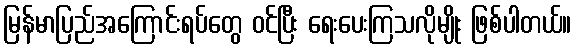
မြန်မာပြည်အကြောင်းရပ်တွေ ဝင်ပြီး ရေးပေးကြသလိုမျိုး ဖြစ်ပါတယ်။